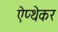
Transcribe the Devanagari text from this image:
ऐप्थेकर